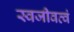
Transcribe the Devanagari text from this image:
स्वजीवत्वं